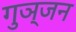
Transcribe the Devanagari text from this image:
गुञ्जन